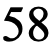
58